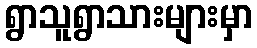
ရွာသူရွာသားများမှာ